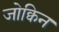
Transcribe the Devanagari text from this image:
जोक्विन